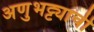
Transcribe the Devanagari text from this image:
अणुभट्ट्याची